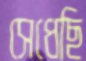
সেধেছি